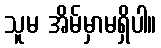
သူမ အိမ်မှာမရှိပါ။